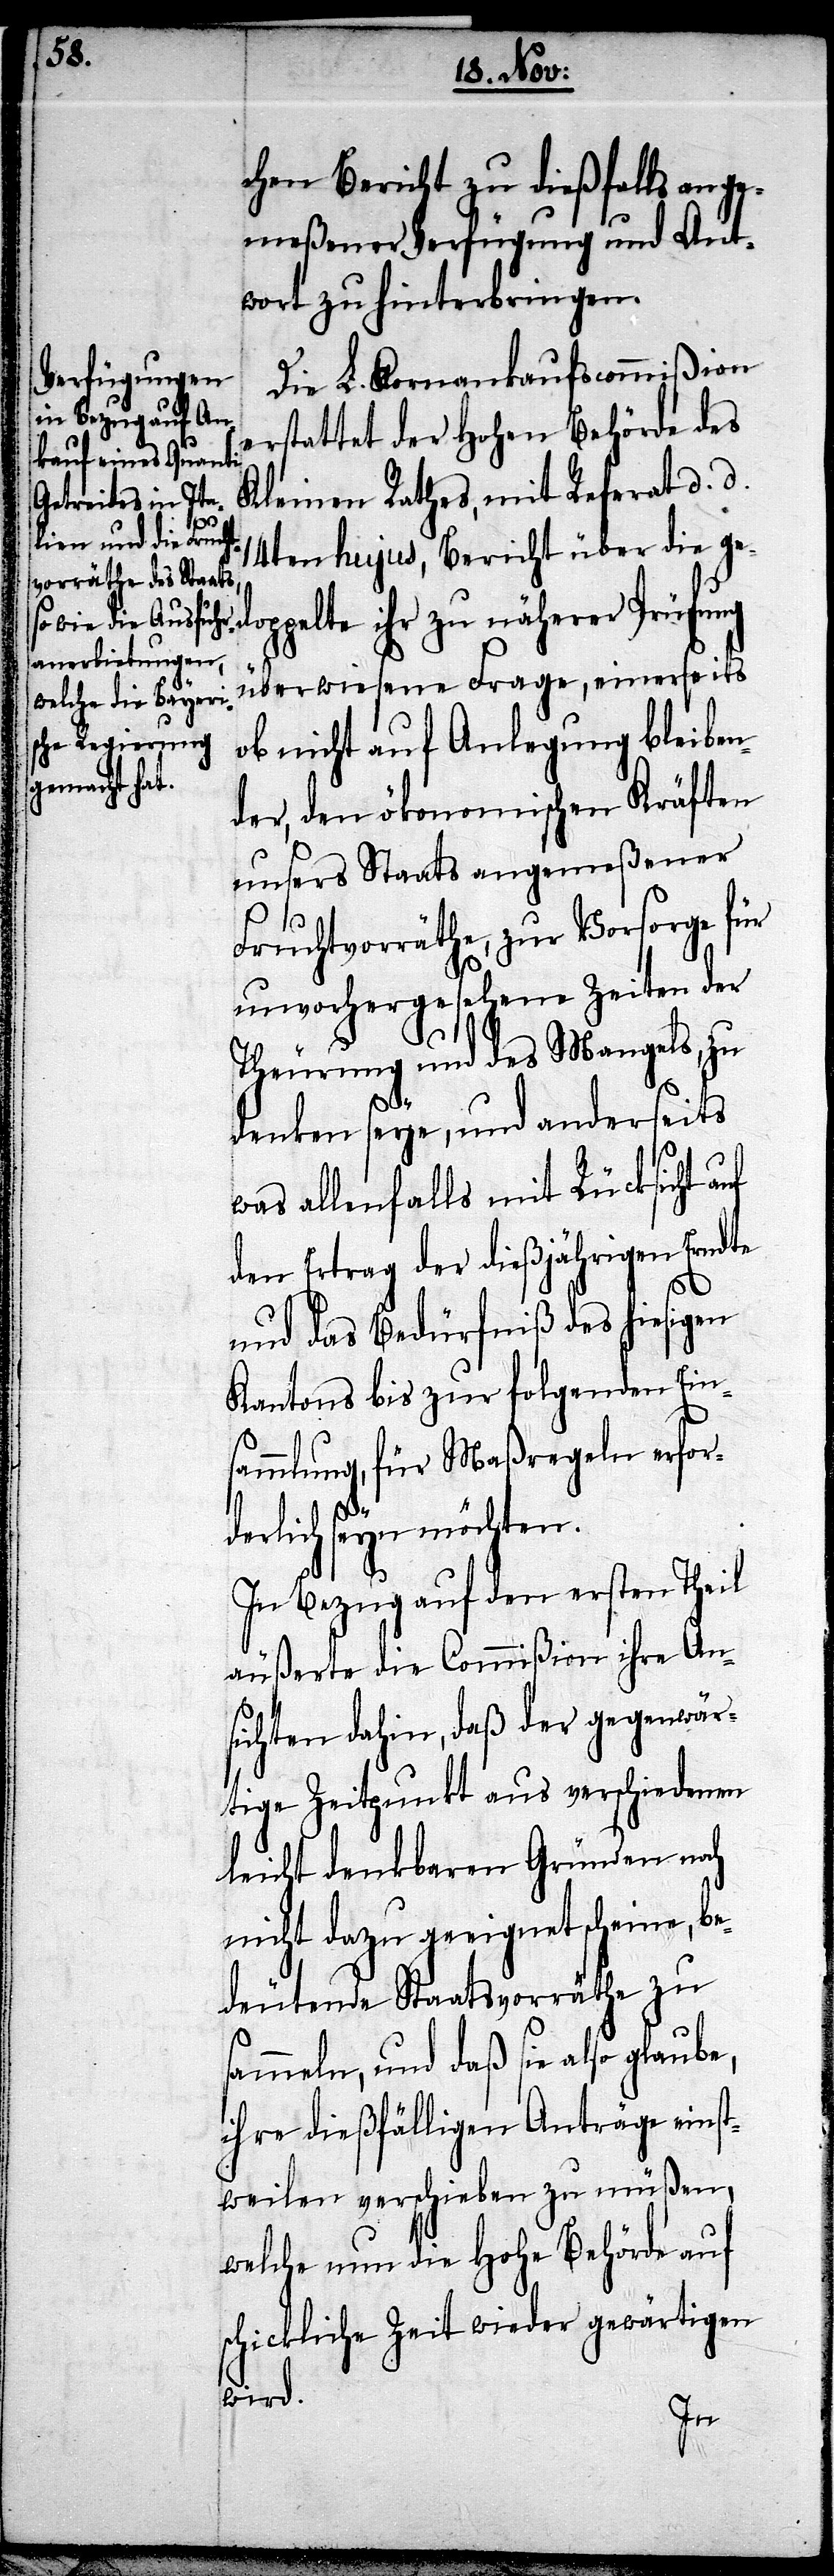
chen Bericht zu dießfalls ang¬
emeßener Verfügung und Ant¬
wort zu hinterbringen.
Die L. Kornankaufscommißion
rstattet der Hohen Behörde des
Kleinen Rathes, mit Referat d. d.
s¬
14ten hujus, Bericht über die g¬
edoppelte ihr zu näherer Prüfung
überwiesene Frage, einerseits
ob nicht auf Anlegung bleiben¬
der, den ökonomischen Kräften
unsers Staats angemeßener
Fruchtvorräthe, zur Vorsorge für
unvorhergesehene Zeiten der
Theurung und des Mangels, zu
denken seye, und anderseits
was allenfalls mit Rücksicht auf
den Ertrag der dießjährigen Erndte
und das Bedürfniß des hiesigen
Kantons bis zur folgenden Ein¬
sammlung, für Maßregeln erfor¬
derlich seyn möchten.
In Bezug auf den ersten Theil
äußerte die Commißion ihre An¬
sichten dahin, daß der gegenwär¬
tige Zeitpunkt aus verschiedenen
leicht denkbaren Gründen noch
nicht dazu geeignet scheine, be¬
deutende Staatsvorräthe zu
ammeln, und daß sie also glaube,
ihre dießfälligen Anträge einst¬
weilen verschieben zu müßen,
welche nun die hohe Behörde auf
schickliche Zeit wieder gewärtigen
wird.